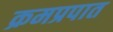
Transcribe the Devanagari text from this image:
क्रमप्रपात